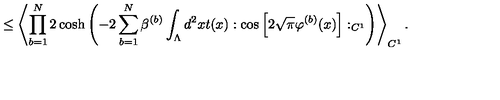
\leq \left\langle \prod _ { b = 1 } ^ { N } 2 \cosh \left( - 2 \sum _ { b = 1 } ^ { N } \beta ^ { ( b ) } \int _ { \Lambda } d ^ { 2 } x t ( x ) : \cos \Big [ 2 \sqrt { \pi } \varphi ^ { ( b ) } ( x ) \Big ] : _ { C ^ { 1 } } \right) \right\rangle _ { C ^ { 1 } } .